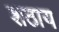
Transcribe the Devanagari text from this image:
शठाय